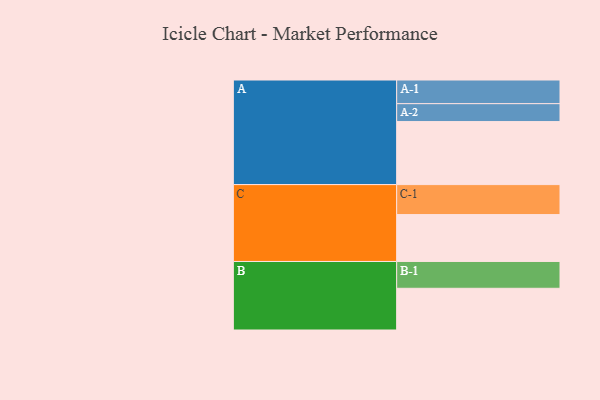
{"axis": {"x": "Segment", "y": "Value"}, "legend": ["", "A", "B", "C"], "data": [{"x": "A", "y": 559, "type": ""}, {"x": "B", "y": 370, "type": ""}, {"x": "C", "y": 416, "type": ""}, {"x": "A-1", "y": 210, "type": "A"}, {"x": "A-2", "y": 159, "type": "A"}, {"x": "B-1", "y": 238, "type": "B"}, {"x": "C-1", "y": 266, "type": "C"}]}